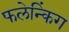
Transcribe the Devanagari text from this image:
फलेन्किंग